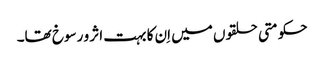
حکومتی حلقوں میں اِن کا بہت اثر و رسوخ تھا۔